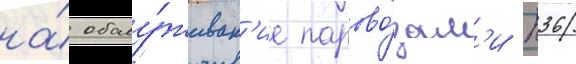
на́ обслу́живан'ие парово́зам'и п36